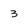
Character: 3